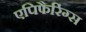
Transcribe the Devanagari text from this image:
एपिफैरिंग्स